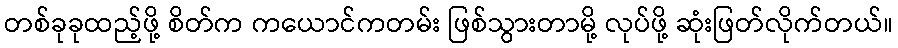
တစ်ခုခုထည့်ဖို့ စိတ်က ကယောင်ကတမ်း ဖြစ်သွားတာမို့ လုပ်ဖို့ ဆုံးဖြတ်လိုက်တယ်။